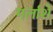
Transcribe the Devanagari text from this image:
गर्लाशे